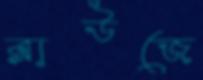
ব্লাউজে